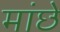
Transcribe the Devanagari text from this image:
मांछे